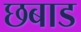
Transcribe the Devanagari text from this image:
छबाड